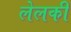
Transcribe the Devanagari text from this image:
लेलकी